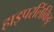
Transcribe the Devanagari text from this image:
हाइपरलिंकिङ्